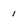
Character: 1